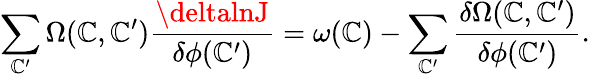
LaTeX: \sum_{\mathbb{C}^{\prime}}\Omega(\mathbb{C},\mathbb{C}^{\prime}){\frac{{\deltalnJ}}{{\delta\phi(\mathbb{C}^{\prime})}}}=\omega(\mathbb{C})-\sum_{\mathbb{C}^{\prime}}{\frac{{\delta\Omega(\mathbb{C},\mathbb{C}^{\prime})}}{{\delta\phi(\mathbb{C}^{\prime})}}}.